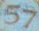
57